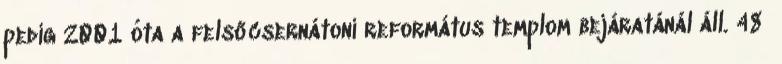
pedig 2001 óta a felsőcsernátoni református templom bejáratánál áll. 48